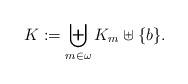
LaTeX: \begin{align*} K:=\biguplus_{m\in\omega} K_m \uplus\{b\}. \end{align*}